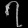
Digit: ၇